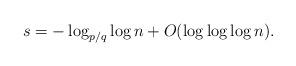
LaTeX: \begin{align*}s = -\log_{p/q}\log n + O(\log\log\log n).\end{align*}